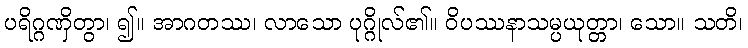
ပရိဂ္ဂဏှိတွာ၊ ၍။ အာဂတဿ၊ လာသော ပုဂ္ဂိုလ်၏။ ဝိပဿနာသမ္ပယုတ္တာ၊ သော။ သတိ၊